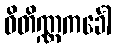
ဝိတိဏ္ဏကင်္ခေါ